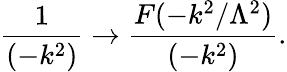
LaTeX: {\frac{1}{(-k^{2})}}\to{\frac{F(-k^{2}/\Lambda^{2})}{(-k^{2})}}.